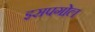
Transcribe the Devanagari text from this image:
इसपगोल